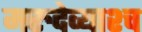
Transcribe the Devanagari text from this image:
मरुदेव्याश्च